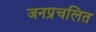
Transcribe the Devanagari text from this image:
जनप्रचलित